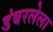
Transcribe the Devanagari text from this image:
डंबरलेला